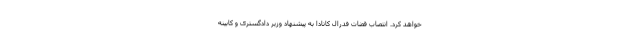
خواهد کرد. انتصاب قضات فدرال کانادا به پیشنهاد وزیر دادگستری و کابینه